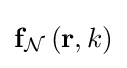
\mathbf {f} _{\mathcal {N}}\left(\mathbf {r} ,k\right)